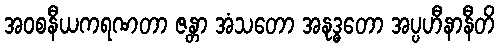
အဝစနီယကရဏတာ ဇန္တာ အံသတော အနုဒ္ဓတော အပ္ပဟီနာနီတိ